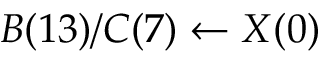
B ( 1 3 ) / C ( 7 ) \leftarrow X ( 0 )